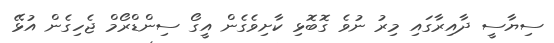
ސިޔާސީ ދާއިރާގައި މިރު ނުވެ ގޮބޮޅި ކާށިވެގެން އީގޯ ސިންޑްރޯމް ޖެހިގެން އުޅޭ